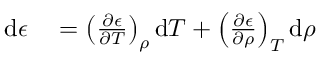
\begin{array} { r l } { \mathrm { d } \epsilon } & { { } = \left( \frac { \partial \epsilon } { \partial T } \right) _ { \rho } \mathrm { d } T + \left( \frac { \partial \epsilon } { \partial \rho } \right) _ { T } \mathrm { d } \rho } \end{array}